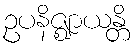
ဥပနိဇ္ဈာယန္တိ